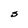
Character: S